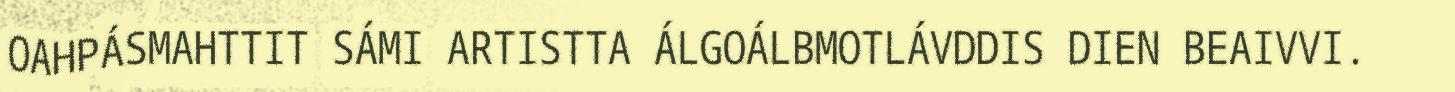
OAHPÁSMAHTTIT SÁMI ARTISTTA ÁLGOÁLBMOTLÁVDDIS DIEN BEAIVVI.